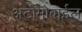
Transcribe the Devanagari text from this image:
अटोमोबाईल